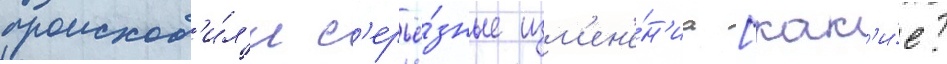
происход'и́л'и с'ерьё́зные изм'ен'е́н'иа [как'и́е?